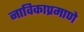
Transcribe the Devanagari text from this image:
नाविकाप्रमाणे